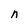
Character: n